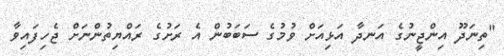
"ތިނަދޫ އިންޖީނުގެ އަނދާ އަޅިއަށް ވުމުގެ ސަބަބުން އެ ރަށުގެ ރައްޔިތުންނަށް ޖެހިފައިވާ